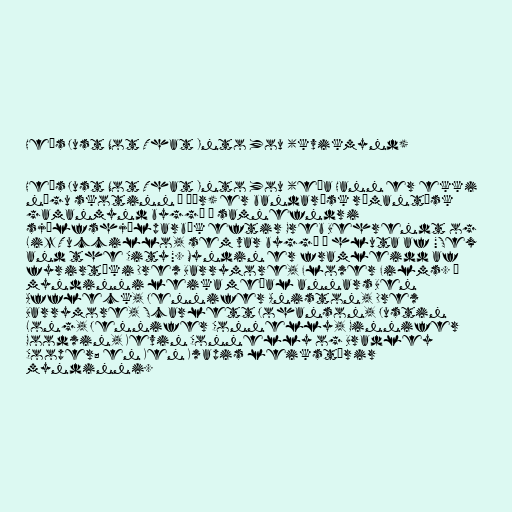
He's Just Not That Into You (kvikmynd)

He's Just Not That Into You (eða Hann er ekki
nógu skotinn í þér) er bandarísk rómantísk
gamanmynd byggð á samnefndri
sjálfshjálparbók eftir Greb Behrendt og
Liz Tuccillo, sem var byggð á hluta af "Sex
and the City". Myndin er framleidd af
fyrirtæki Drew Barrymore, Flower Films. Í
myndinni leika meðal annars Ben
Affleck, Jennifer Aniston, Drew
Barrymore, Scarlett Johanson, Justin
Long, Jennifer Connelly, Ginnifer
Goodwin, Kevin Connelly og Bradley
Cooper; en Ken Kwapis leikstýrir
myndinni.